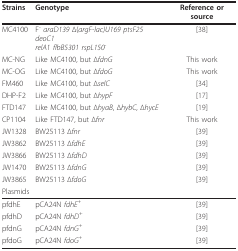
<table><thead><tr><td><b>Strains</b></td><td><b>Genotype</b></td><td><b>Reference or source</b></td></tr></thead><tbody><tr><td>MC4100</td><td>F<sup>- </sup><i>araD139 </i>Δ(<i>argF-lac)U169 </i><i>ptsF25 deoC1</i><i>relA1 flbB5301 rspL150</i><sup>-</sup></td><td>[38]</td></tr><tr><td>MC-NG</td><td>Like MC4100, but Δ<i>fdnG</i></td><td>This work</td></tr><tr><td>MC-OG</td><td>Like MC4100, but Δ<i>fdoG</i></td><td>This work</td></tr><tr><td>FM460</td><td>Like MC4100, but Δ<i>selC</i></td><td>[34]</td></tr><tr><td>DHP-F2</td><td>Like MC4100, but Δ<i>hypF</i></td><td>[17]</td></tr><tr><td>FTD147</td><td>Like MC4100, but Δ<i>hyaB</i>, Δ<i>hybC</i>, Δ<i>hycE</i></td><td>[19]</td></tr><tr><td>CP1104</td><td>Like FTD147, but Δ<i>fnr</i></td><td>This work</td></tr><tr><td>JW1328</td><td>BW25113 Δ<i>fnr</i></td><td>[39]</td></tr><tr><td>JW3862</td><td>BW25113 Δ<i>fdhE</i></td><td>[39]</td></tr><tr><td>JW3866</td><td>BW25113 Δ<i>fdhD</i></td><td>[39]</td></tr><tr><td>JW1470</td><td>BW25113 Δ<i>fdnG</i></td><td>[39]</td></tr><tr><td>JW3865</td><td>BW25113 Δ<i>fdoG</i></td><td>[39]</td></tr><tr><td>Plasmids</td><td></td><td></td></tr><tr><td>pfdhE</td><td>pCA24N <i>fdhE</i><sup>+</sup></td><td>[39]</td></tr><tr><td>pfdhD</td><td>pCA24N <i>fdhD</i><sup>+</sup></td><td>[39]</td></tr><tr><td>pfdnG</td><td>pCA24N <i>fdnG</i><sup>+</sup></td><td>[39]</td></tr><tr><td>pfdoG</td><td>pCA24N <i>fdoG</i><sup>+</sup></td><td>[39]</td></tr></tbody></table>